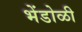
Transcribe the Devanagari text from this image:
भेंडोळी